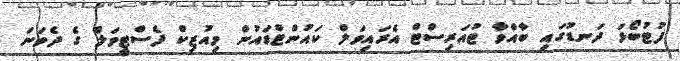
ފުޓުބޯޅަ ދަނޑުގައި ބާއްވާ ޓުއަރިސްޓް އެރައިވަލް ކައުންޓްޑައުން މިއުޒިކް ފެސްޓީވަލް ގެ ދެވަނަ